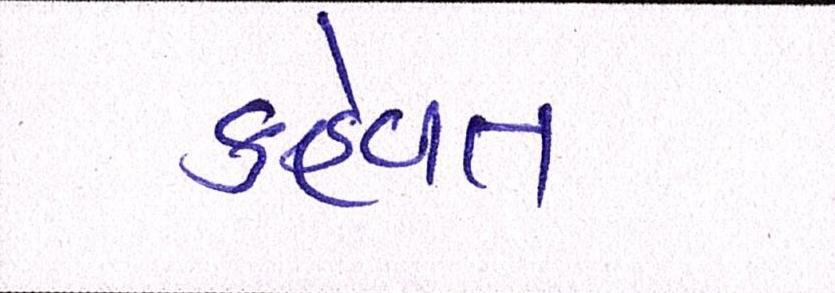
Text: કહેવત